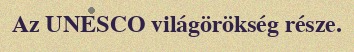
Az UNESCO világörökség része.